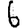
Digit: 6